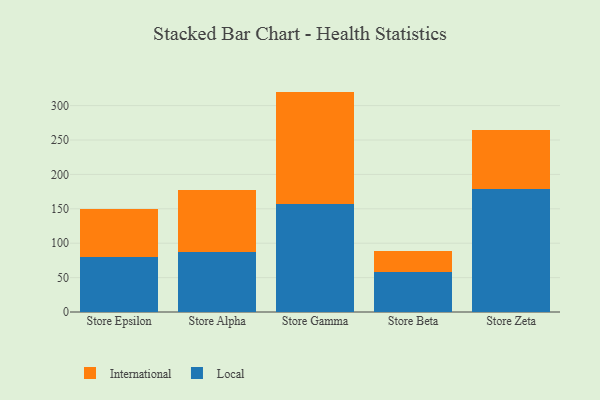
{"axis": {"x": "Store", "y": "Demand Index"}, "legend": ["International", "Local"], "data": [{"x": "Store Epsilon", "y": 79.6, "type": "Local"}, {"x": "Store Epsilon", "y": 70.8, "type": "International"}, {"x": "Store Alpha", "y": 87.2, "type": "Local"}, {"x": "Store Alpha", "y": 89.6, "type": "International"}, {"x": "Store Gamma", "y": 157.0, "type": "Local"}, {"x": "Store Gamma", "y": 163.4, "type": "International"}, {"x": "Store Beta", "y": 58.0, "type": "Local"}, {"x": "Store Beta", "y": 30.5, "type": "International"}, {"x": "Store Zeta", "y": 178.6, "type": "Local"}, {"x": "Store Zeta", "y": 86.7, "type": "International"}]}